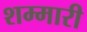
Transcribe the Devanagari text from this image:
शम्मारी